Election expenses, 1911, 1911
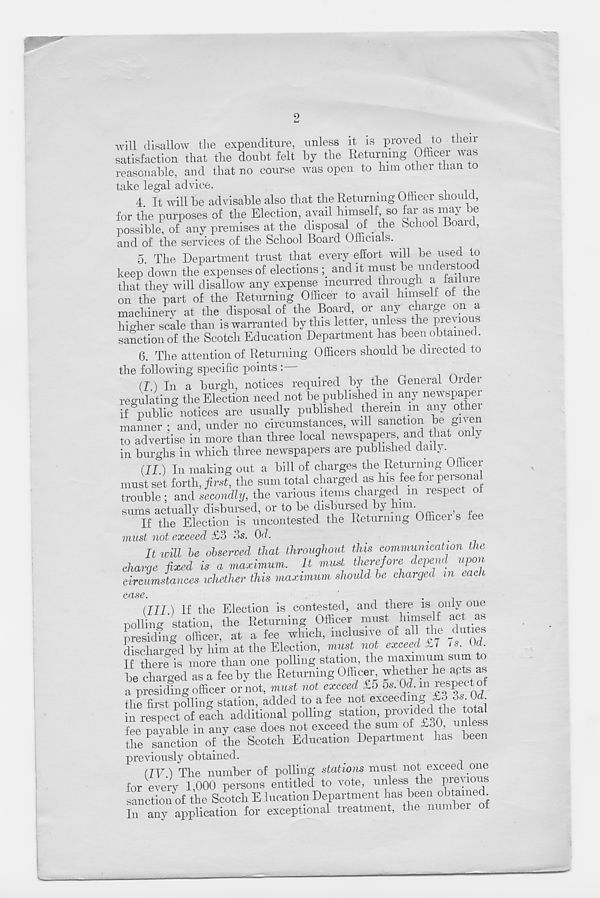
2
will disallow the expenditure, unless it is proved to then-
satisfaction that the doubt felt by the Returning Officer was
reasonable, and that no course was open to him other than to
take legal advice.
4. It will be advisable also that the Returning Officer should,
for the purposes of the Election, avail himself, so far as may lie
possible, of any premises at the disposal of _ the School Boaid,
and of the services of the School Board Officials.
5 The Department trust that every effort will be used to
keep down the expenses of elections and it must be understood
that they will disallow any expense incurred through a laiime
on the part of the Returning Officer to avail himself of the
machinery at the disposal of the Board, or any charge on a
higher scale than is warranted by this letter, unless the pre\ IOUS
sanction of the Scotch Education Department has been obtained.
6. The attention of Returning Officers should be directed to
the following specific points :
(I ) In a burgh, notices required by the General Order
regulating the Election need not be published m any newspaper
if public notices are usually published therein m any othei
manner : and, under no circumstances, will sanction be given
to advertise in more than three local newspapers, and that only
in burghs in which three newspapers are published daily.
(II.) In making out a bill of charges the Returning Officer
must set forth, first, the sum total charged as Ins fee foi peisona
trouble; and secondly, the various items charged m respect o
sums actually disbursed, or to be disbursed by him
If the Election is uncontested the Returning Ofiicei s lee
must not exceed £3 3s. Od.
Iticill be observed that throughout this communication the
charge fixed is a maximum. It must /herc/ore depend upon
circumstances whether this maximum should be charged in eac i
case.
.
(Ill) If the Election is contested, and there is only one
polling station, the Returning Officer must himself act as
presiding officer, at a fee which, inclusive of all the duties
discharged by him at the Election, must not exceed £7 7s. Od.
If there is more than one polling station, the maximum sum to
be charged as a fee by the Returning Officer whether he apts as
a presiding officer or not, must not exceed £5 5s. Od m respect o
the first polling station, added to a fee not exceeding £3 3s Od
in respect of each additional polling station, Proved
total
fee navable in any case does not exceed the sum of £30, un e ,
the sanction of the Scotch Education Department has been
previously obtained.
(IV.) The number of polling stations must not exceed one
for every 1,000 persons entitled to vote, unless the previous
sanction of the Scotch E lucation Department 1 ; as^e nobaii» c
In any application for exceptional treatment, the number oi